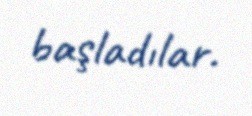
başladılar.